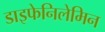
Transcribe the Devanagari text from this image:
डाइफेनिलेमिन